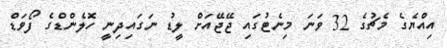
އިއްޔެގެ މެޗުގެ 32 ވަނަ މިނެޓުގައި ޖޭޖޭއަށް ލީޑު ނަގައިދިނީ ހޮލެންޑްގެ ފޯވަޑް